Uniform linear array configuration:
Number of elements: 64
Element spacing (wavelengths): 0.5
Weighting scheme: cosine
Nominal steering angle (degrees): -60
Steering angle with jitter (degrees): -60.726
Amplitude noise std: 0.05
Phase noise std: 0.05

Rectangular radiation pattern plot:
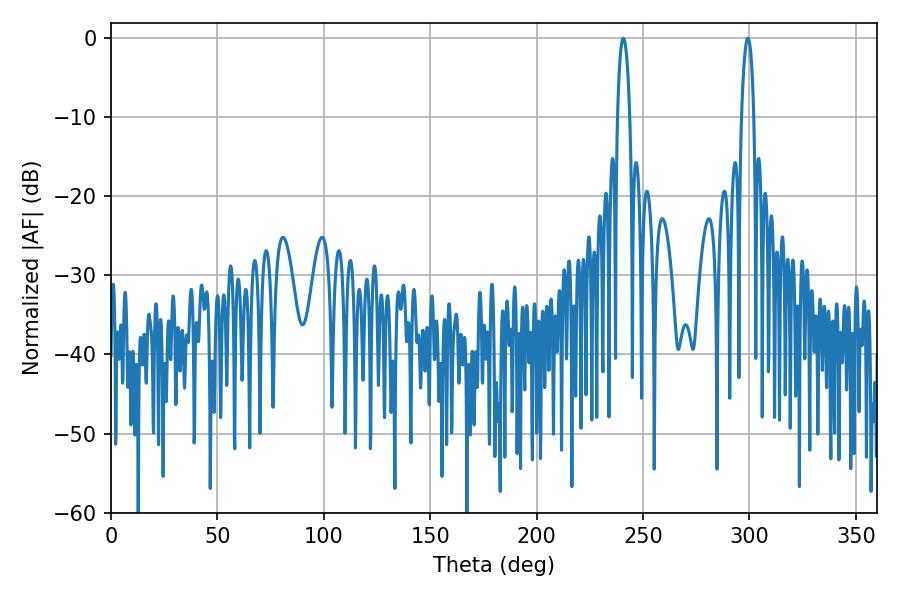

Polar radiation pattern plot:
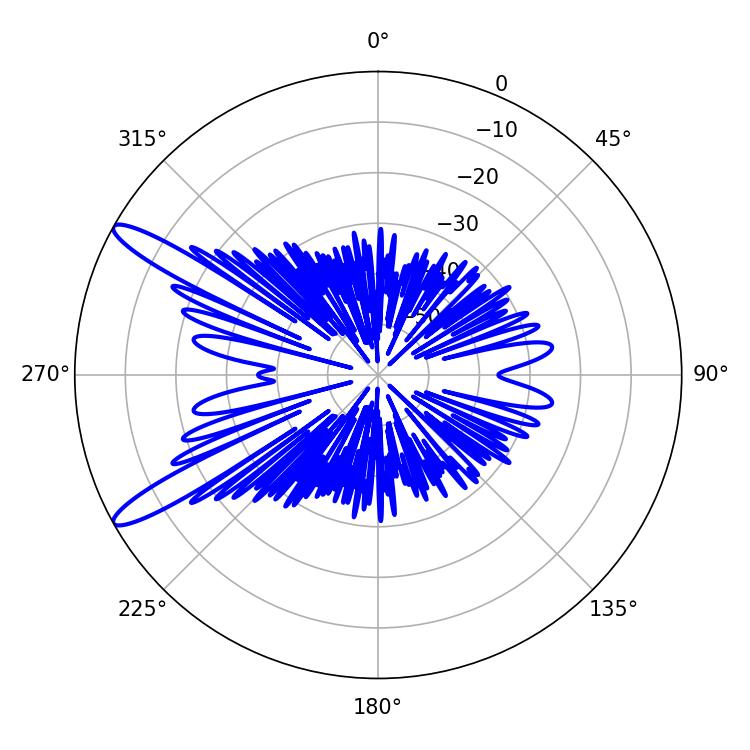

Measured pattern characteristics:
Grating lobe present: FALSE
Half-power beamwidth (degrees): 3.24
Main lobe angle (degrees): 299.34